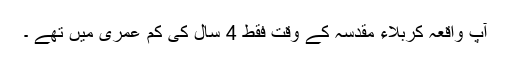
آپ واقعہ کربلاء مقدسہ کے وقت فقط 4 سال کی کم عمری میں تھے ۔